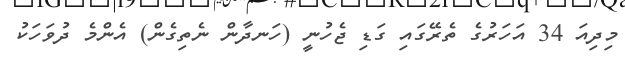
މިދިއަ 34 އަހަރުގެ ތެރޭގައި ގަޑި ޖެހުނީ (ހަނދާން ނެތިގެން) އެންމެ ދުވަހަކު